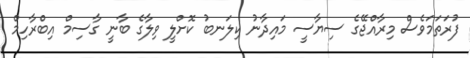
ފުރަތަމަވެސް މިރާއްޖޭގެ ސިޔާސީ މައިދާނު ކިލަނބު ކޮށްލީ ވިލާގެ ބާނީ ގާސިމް އިބްރާހިމް